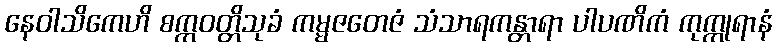
နေဝါသိကေဟိ စက္ကဝတ္တိသုခံ ကမ္မဇတေဇံ သံသာရကန္တာရာ ပါပဏိကံ ကုက္ကုရာနံ